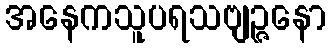
အနေကသူပရသဗျဉ္ဇနော